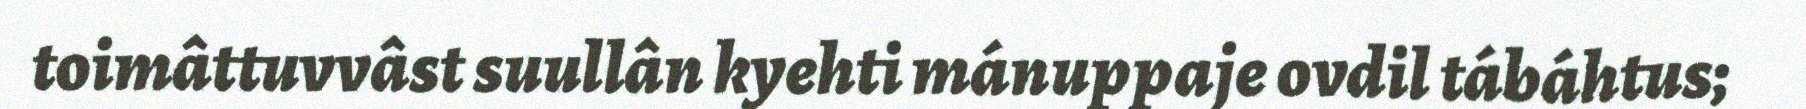
toimâttuvvâst suullân kyehti mánuppaje ovdil tábáhtus;